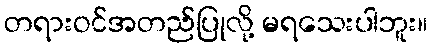
တရားဝင်အတည်ပြုလို့ မရသေးပါဘူး။